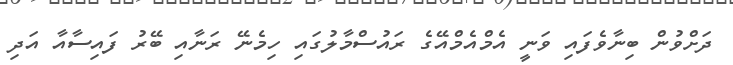
ދަށްވުން ބިނާވެފައި ވަނީ އެމްއެމްއޭގެ ރައުސްމާލުގައި ހިމެނޭ ރަނާއި ބޭރު ފައިސާއާ އަދި